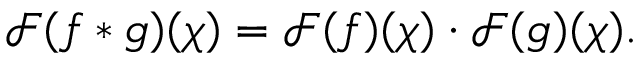
{ \mathcal { F } } ( f * g ) ( \chi ) = { \mathcal { F } } ( f ) ( \chi ) \cdot { \mathcal { F } } ( g ) ( \chi ) .